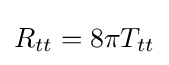
R_{tt}=8\pi T_{tt}